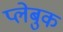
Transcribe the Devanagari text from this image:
प्लेबुक